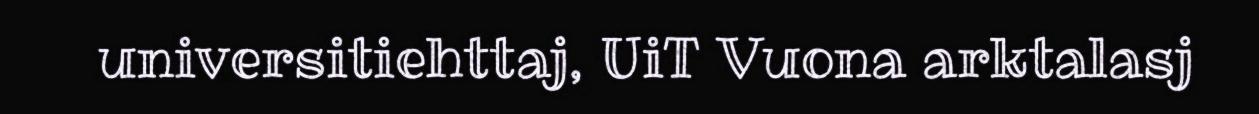
universitiehttaj, UiT Vuona arktalasj